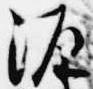
源